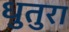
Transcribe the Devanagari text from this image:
धुतुरा